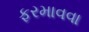
ફરમાવવા